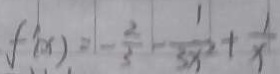
f ^ { \prime } ( x ) = - \frac { 2 } { 3 } - \frac { 1 } { 3 x ^ { 2 } } + \frac { 1 } { x }